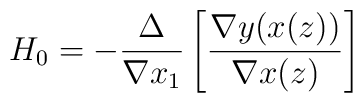
H_{0}=-\frac{\Delta}{\nabla x_{1}}\left[\frac{\nabla y(x(z))}{\nabla x(z)}\right]